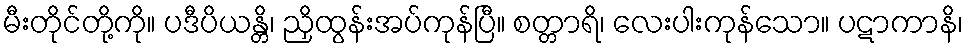
မီးတိုင်တို့ကို။ ပဒီပိယန္တိ၊ ညှိထွန်းအပ်ကုန်ပြီ။ စတ္တာရိ၊ လေးပါးကုန်သော။ ပဋာကာနိ၊